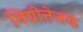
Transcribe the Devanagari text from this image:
विद्योत्तेजक